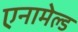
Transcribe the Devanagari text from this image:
एनामेल्ड